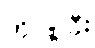
ကိုင်စွဲပြီး